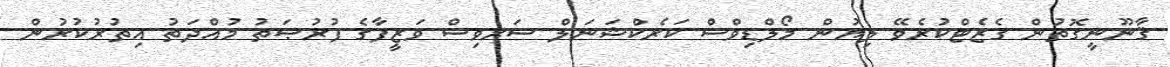
ޤާނޫނީގޮތުން ގެޒެޓްކުރެވޭ ލިޔުން މޯލްޑިވްސް ކަރެކްޝަނަލް ސަރވިސް ވަޒީފާގެ ފުރުޞަތު މުއްދަތު އިތުރުކުރުން